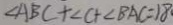
\angle A B C + \angle C + \angle B A C = 1 8